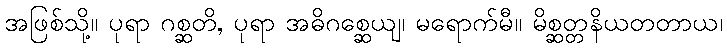
အဖြစ်သို့။ ပုရာ ဂစ္ဆတိ, ပုရာ အဓိဂစ္ဆေယျ၊ မရောက်မီ။ မိစ္ဆတ္တနိယတတာယ၊